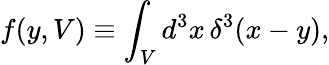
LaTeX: f(y,V)\equiv\int_{V}d^{3}x\, \delta^{3}(x-y),